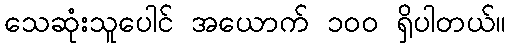
သေဆုံးသူပေါင် အယောက် ၁၀၀ ရှိပါတယ်။